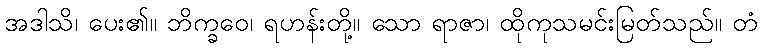
အဒါသိ၊ ပေး၏။ ဘိက္ခဝေ၊ ရဟန်းတို့။ သော ရာဇာ၊ ထိုကုသမင်းမြတ်သည်။ တံ